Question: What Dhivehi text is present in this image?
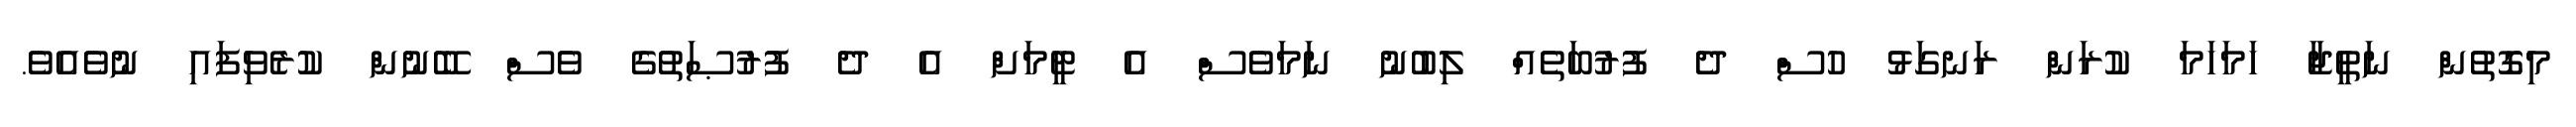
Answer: މިގޮތުން ނަތީޖާ ހަމަހަމަ ކުރަން ރަނގަޅު ހުސް ދެ ފުރުބަތެއް ލިބުނު ނަމަވެސް އެ ޓީމަށް އެ ދެ ފުރުޞަތުގެ ވެސް ބޭނުން ކުރެވިފައި ނުވެއެވެ.